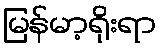
မြန်မာ့ရိုးရာ